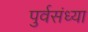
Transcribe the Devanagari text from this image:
पुर्वसंध्या